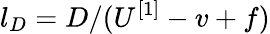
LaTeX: l_{D}=D/(U^{[1]}-v+f)